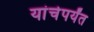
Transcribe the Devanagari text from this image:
यांचेपर्यंत